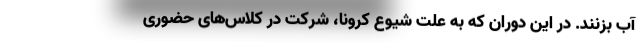
آب بزنند. در این دوران که به علت شیوع کرونا، شرکت در کلاس‌های حضوری